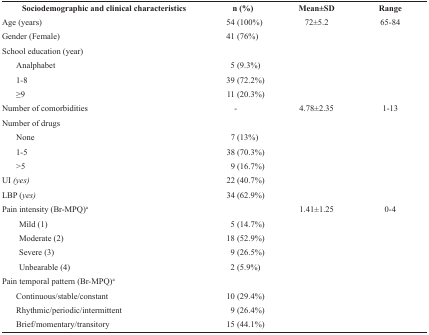
<table><thead><tr><td><b> Sociodemographic and clinicalcharacteristics</b></td><td><b> n (%)</b></td><td><b> Mean±SD</b></td><td><b> Range</b></td></tr></thead><tbody><tr><td> Age (years)</td><td>54 (100%)</td><td>72±5.2</td><td>65-84</td></tr><tr><td> Gender (Female)</td><td>41 (76%)</td><td></td><td></td></tr><tr><td> School education (year)</td><td></td><td></td><td></td></tr><tr><td> Analphabet</td><td>5 (9.3%)</td><td></td><td></td></tr><tr><td> 1-8</td><td>39 (72.2%)</td><td></td><td></td></tr><tr><td> ≥9</td><td>11 (20.3%)</td><td></td><td></td></tr><tr><td> Number of comorbidities</td><td>-</td><td>4.78±2.35</td><td>1-13</td></tr><tr><td> Number of drugs</td><td></td><td></td><td></td></tr><tr><td> None</td><td>7 (13%)</td><td></td><td></td></tr><tr><td> 1-5</td><td>38 (70.3%)</td><td></td><td></td></tr><tr><td> &gt;5</td><td>9 (16.7%)</td><td></td><td></td></tr><tr><td> UI <i>(yes)</i></td><td>22 (40.7%)</td><td></td><td></td></tr><tr><td> LBP (<i>yes)</i></td><td>34 (62.9%)</td><td></td><td></td></tr><tr><td> Pain intensity (Br-MPQ)<sup>a</sup></td><td></td><td>1.41±1.25</td><td>0-4</td></tr><tr><td> Mild (1)</td><td>5 (14.7%)</td><td></td><td></td></tr><tr><td> Moderate (2)</td><td>18 (52.9%)</td><td></td><td></td></tr><tr><td> Severe (3)</td><td>9 (26.5%)</td><td></td><td></td></tr><tr><td> Unbearable (4)</td><td>2 (5.9%)</td><td></td><td></td></tr><tr><td> Pain temporal pattern (Br-MPQ)<sup>a</sup></td><td></td><td></td><td></td></tr><tr><td> Continuous/stable/constant</td><td>10 (29.4%)</td><td></td><td></td></tr><tr><td> Rhythmic/periodic/intermittent</td><td>9 (26.4%)</td><td></td><td></td></tr><tr><td> Brief/momentary/transitory</td><td>15 (44.1%)</td><td></td><td></td></tr></tbody></table>